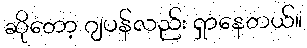
ဆိုတော့ ဂျပန်လည်း ရှာနေတယ်။